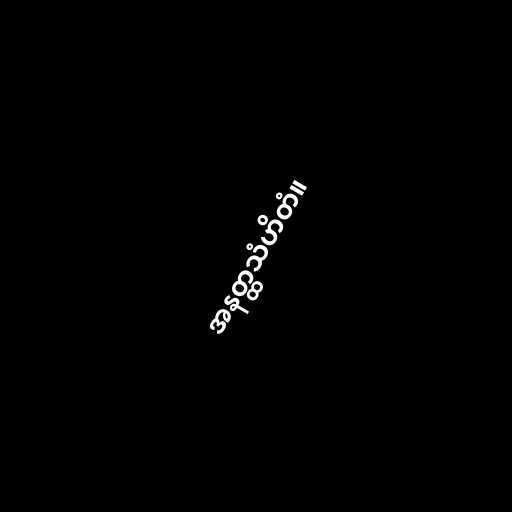
အနတ္ထသံဟိတံ။